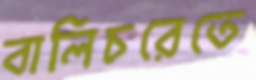
বালিচরেতে